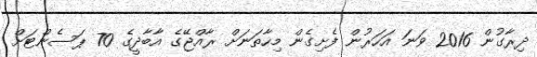
ދިރާގުން 2016 ވަނަ އަހަރުން ފެށިގެން މިހާތަނަށް ރާއްޖޭގެ އާބާދީގެ 70 ޕަސެންޓަށް